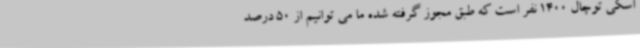
اسکی توچال 1400 نفر است که طبق مجوز گرفته شده ما می توانیم از 50 درصد